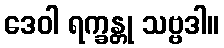
ဒေဝါ ရက္ခန္တု သဗ္ဗဒါ။